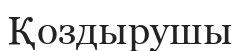
Қоздырушы